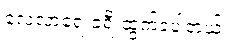
လေ့လာရေးခရီးထွက်ခဲ့ပါတယ်။